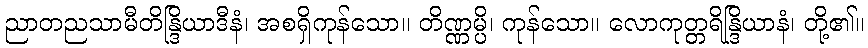
ညာတညသာမီတိန္ဒြိယာဒီနံ၊ အစရှိကုန်သော။ တိဏ္ဏမ္ပိ၊ ကုန်သော။ လောကုတ္တရိန္ဒြိယာနံ၊ တို့၏။